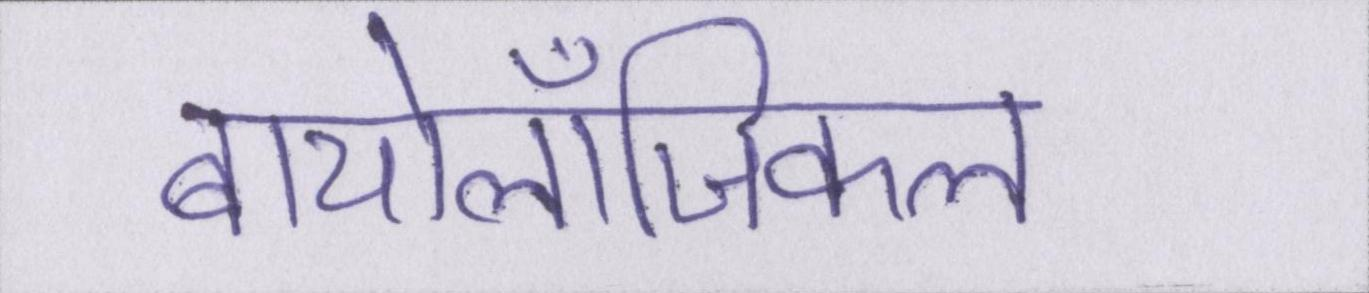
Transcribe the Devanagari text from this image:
बायोलॉजिकल